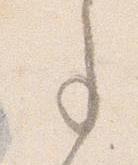
事